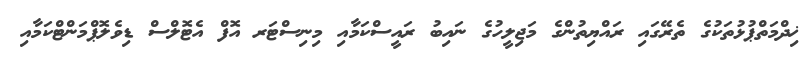
ޚިދްމަތްޕުޅުތަކުގެ ތެރޭގައި ރައްޔިތުންގެ މަޖިލީހުގެ ނައިބު ރައީސްކަމާއި މިނިސްޓަރ އޮފް އެޓޮލްސް ޑިވެލޮޕްމަންޓްކަމާއި